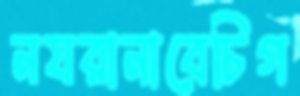
নযরানাবেচিগ